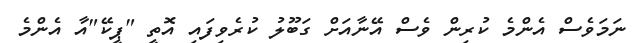
ނަމަވެސް އެންމެ ކުރިން ވެސް އޭނާއަށް ގަބޫލު ކުރެވިފައި އޮތީ "ޕީކޭ"އާ އެންމެ